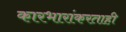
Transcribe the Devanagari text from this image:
कारभारांकरताही